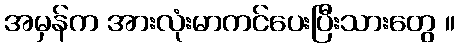
အမှန်က အားလုံးမာကင်ပေးပြီးသားတွေ ။